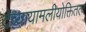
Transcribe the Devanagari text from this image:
देव्यायामलीयोक्तितत्व